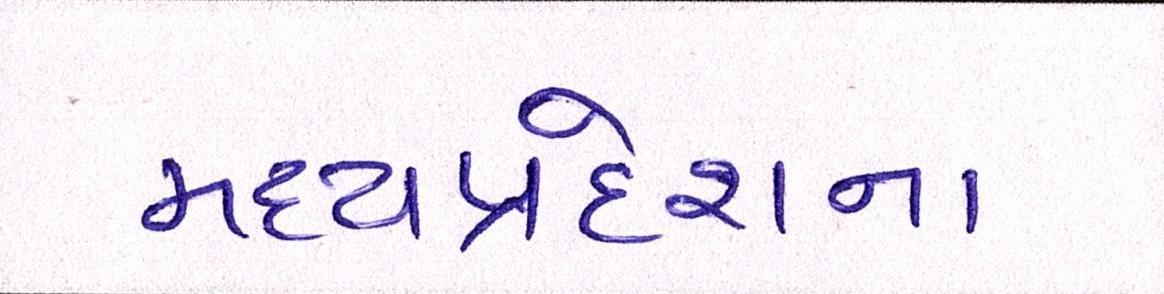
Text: મધ્યપ્રદેશના